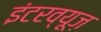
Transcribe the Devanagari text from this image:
इंटरव्यूज़